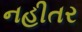
નહીતર